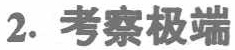
2. 考察极端